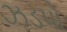
ઝડપો